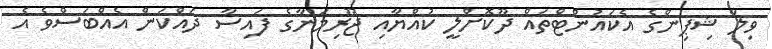
ވިލާ ޝިޕިންގެ އެކައުންޓްތައް ދޫކޮށްލީ ކުއްޔާއި ޖޫރިމަނާގެ ފައިސާ ދައްކަން އެއްބަސްވެ އެ